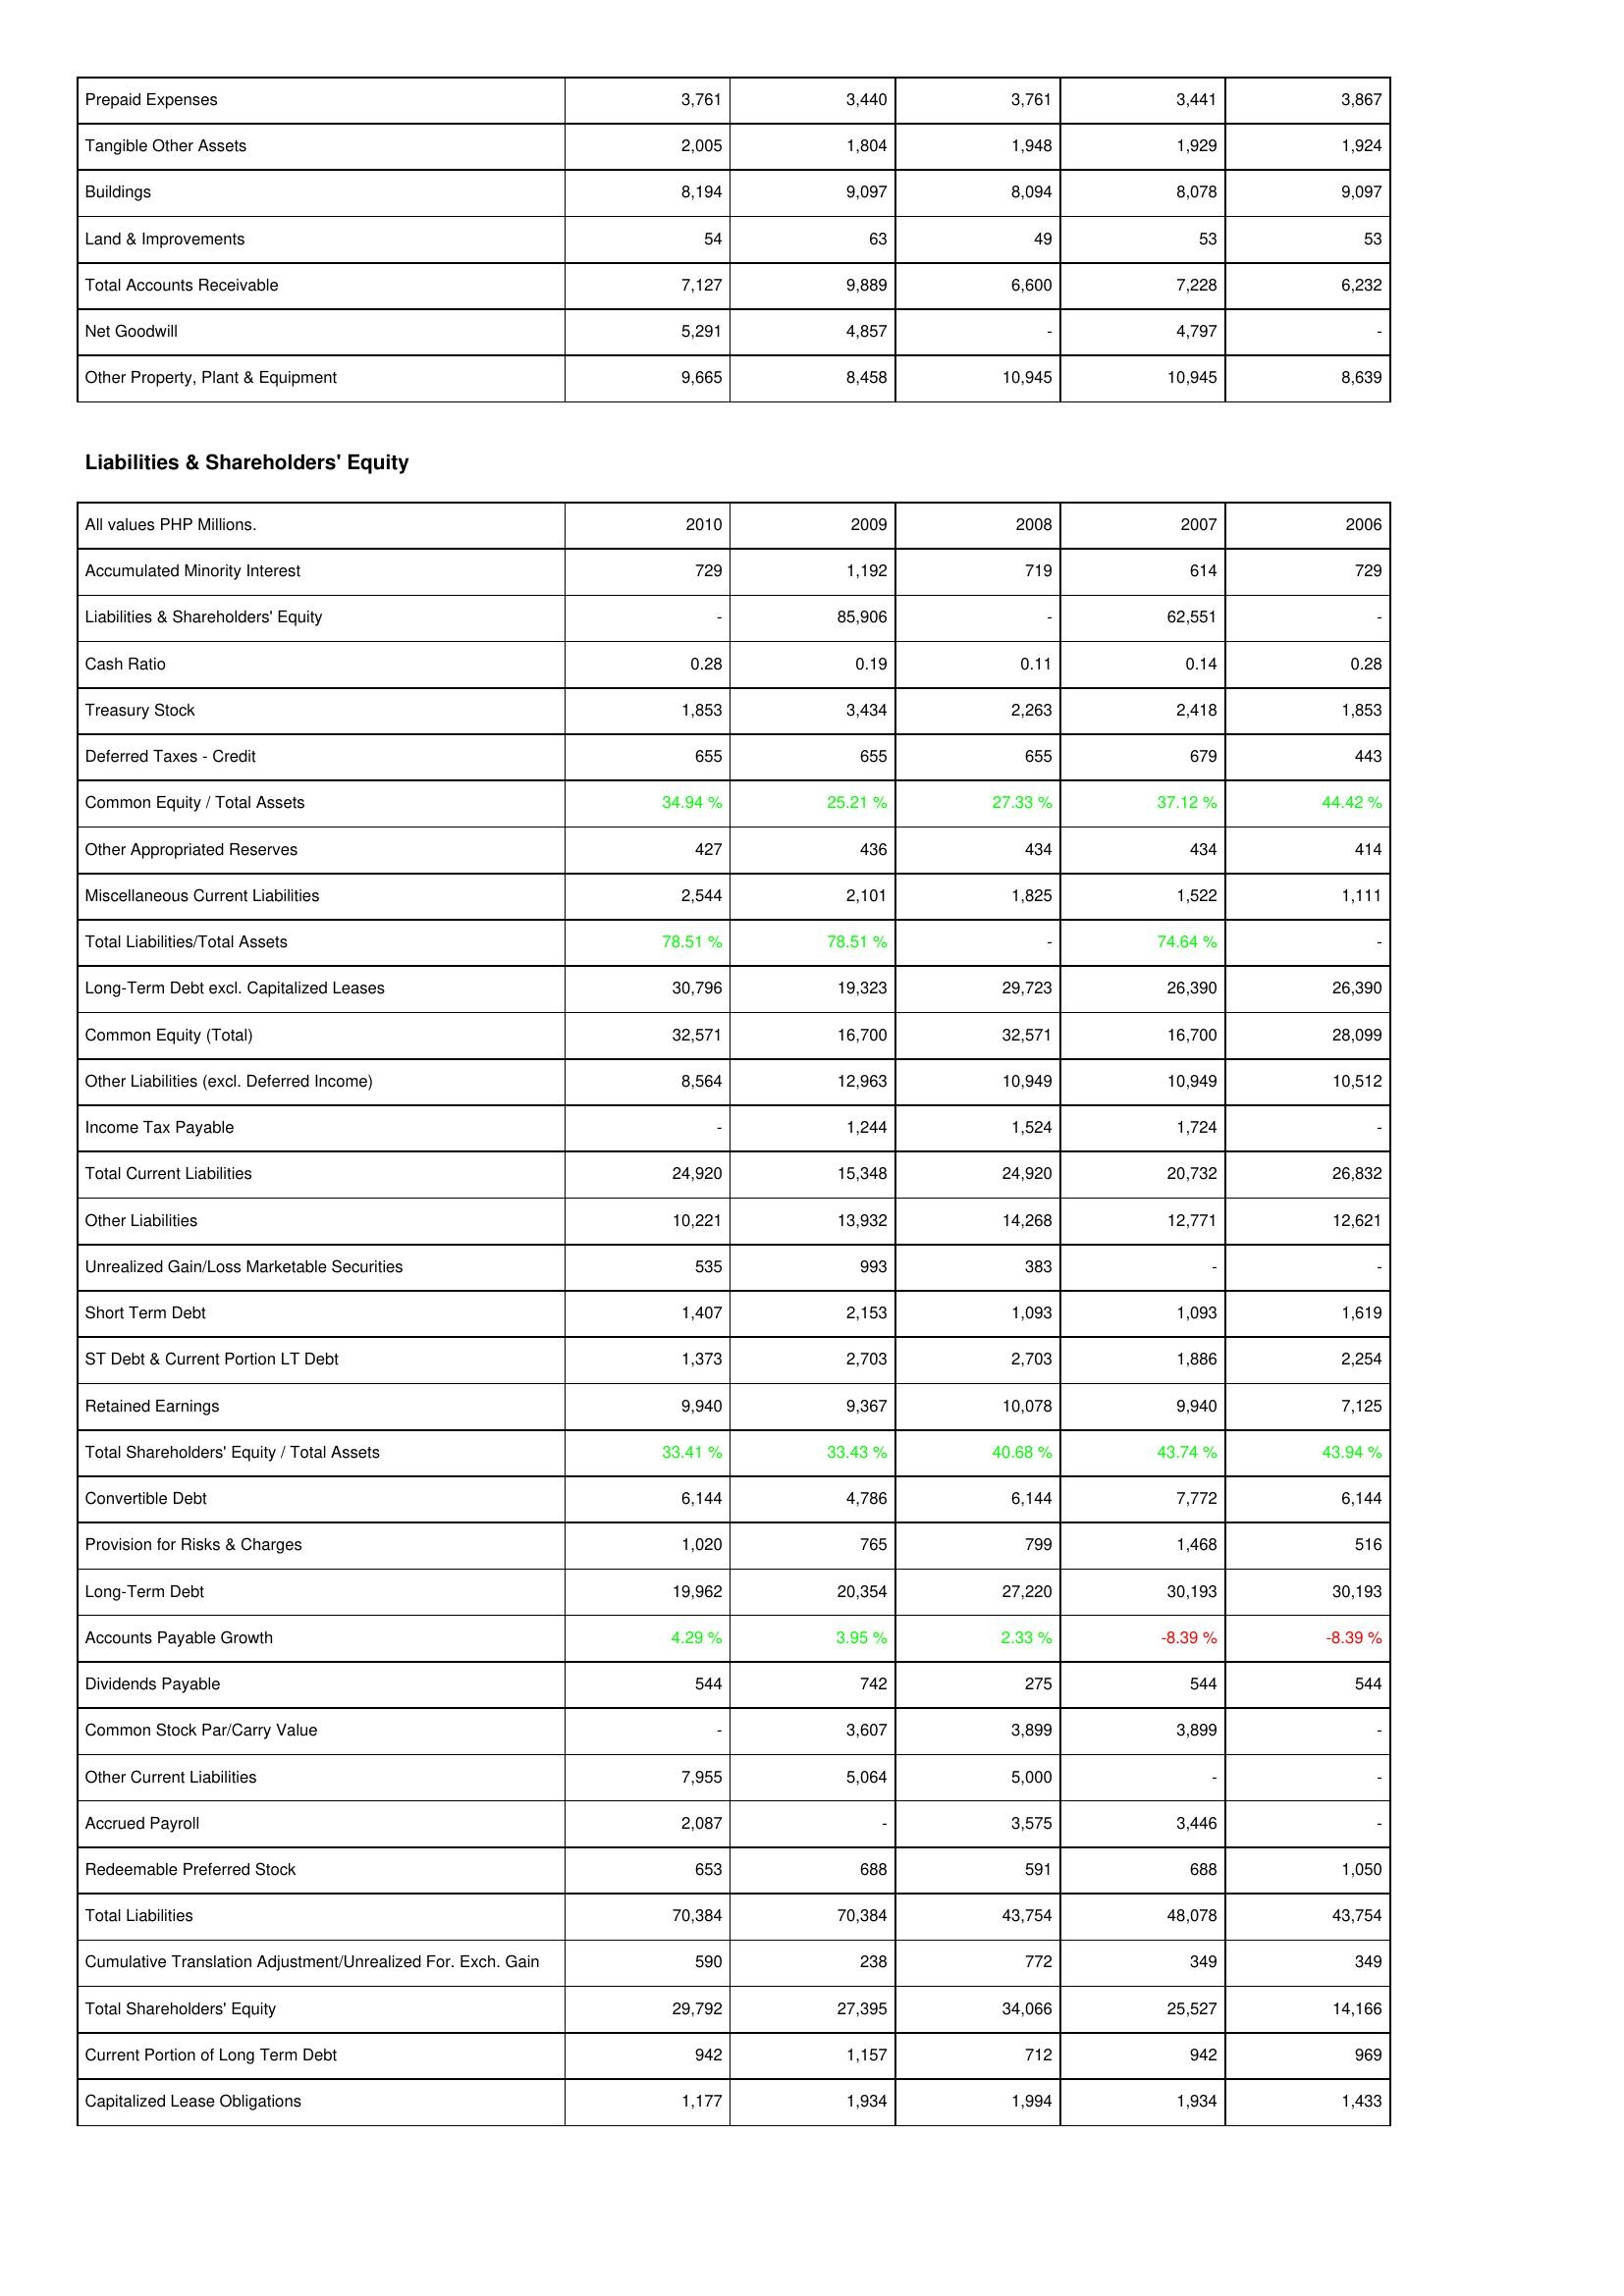
2010: Assets: Prepaid Expenses: 3,761
Tangible Other Assets: 2,005
Buildings: 8,194
Land & Improvements: 54
Total Accounts Receivable: 7,127
Net Goodwill: 5,291
Other Property, Plant & Equipment: 9,665
Liabilities & Shareholders' Equity: Accumulated Minority Interest: 729
Liabilities & Shareholders' Equity: -
Cash Ratio: 0.28
Treasury Stock: 1,853
Deferred Taxes - Credit: 655
Common Equity / Total Assets: 34.94 %
Other Appropriated Reserves: 427
Miscellaneous Current Liabilities: 2,544
Total Liabilities/Total Assets: 78.51 %
Long-Term Debt excl. Capitalized Leases: 30,796
Common Equity (Total): 32,571
Other Liabilities (excl. Deferred Income): 8,564
Income Tax Payable: -
Total Current Liabilities: 24,920
Other Liabilities: 10,221
Unrealized Gain/Loss Marketable Securities: 535
Short Term Debt: 1,407
ST Debt & Current Portion LT Debt: 1,373
Retained Earnings: 9,940
Total Shareholders' Equity / Total Assets: 33.41 %
Convertible Debt: 6,144
Provision for Risks & Charges: 1,020
Long-Term Debt: 19,962
Accounts Payable Growth: 4.29 %
Dividends Payable: 544
Common Stock Par/Carry Value: -
Other Current Liabilities: 7,955
Accrued Payroll: 2,087
Redeemable Preferred Stock: 653
Total Liabilities: 70,384
Cumulative Translation Adjustment/Unrealized For. Exch. Gain: 590
Total Shareholders' Equity: 29,792
Current Portion of Long Term Debt: 942
Capitalized Lease Obligations: 1,177
2009: Assets: Prepaid Expenses: 3,440
Tangible Other Assets: 1,804
Buildings: 9,097
Land & Improvements: 63
Total Accounts Receivable: 9,889
Net Goodwill: 4,857
Other Property, Plant & Equipment: 8,458
Liabilities & Shareholders' Equity: Accumulated Minority Interest: 1,192
Liabilities & Shareholders' Equity: 85,906
Cash Ratio: 0.19
Treasury Stock: 3,434
Deferred Taxes - Credit: 655
Common Equity / Total Assets: 25.21 %
Other Appropriated Reserves: 436
Miscellaneous Current Liabilities: 2,101
Total Liabilities/Total Assets: 78.51 %
Long-Term Debt excl. Capitalized Leases: 19,323
Common Equity (Total): 16,700
Other Liabilities (excl. Deferred Income): 12,963
Income Tax Payable: 1,244
Total Current Liabilities: 15,348
Other Liabilities: 13,932
Unrealized Gain/Loss Marketable Securities: 993
Short Term Debt: 2,153
ST Debt & Current Portion LT Debt: 2,703
Retained Earnings: 9,367
Total Shareholders' Equity / Total Assets: 33.43 %
Convertible Debt: 4,786
Provision for Risks & Charges: 765
Long-Term Debt: 20,354
Accounts Payable Growth: 3.95 %
Dividends Payable: 742
Common Stock Par/Carry Value: 3,607
Other Current Liabilities: 5,064
Accrued Payroll: -
Redeemable Preferred Stock: 688
Total Liabilities: 70,384
Cumulative Translation Adjustment/Unrealized For. Exch. Gain: 238
Total Shareholders' Equity: 27,395
Current Portion of Long Term Debt: 1,157
Capitalized Lease Obligations: 1,934
2008: Assets: Prepaid Expenses: 3,761
Tangible Other Assets: 1,948
Buildings: 8,094
Land & Improvements: 49
Total Accounts Receivable: 6,600
Net Goodwill: -
Other Property, Plant & Equipment: 10,945
Liabilities & Shareholders' Equity: Accumulated Minority Interest: 719
Liabilities & Shareholders' Equity: -
Cash Ratio: 0.11
Treasury Stock: 2,263
Deferred Taxes - Credit: 655
Common Equity / Total Assets: 27.33 %
Other Appropriated Reserves: 434
Miscellaneous Current Liabilities: 1,825
Total Liabilities/Total Assets: -
Long-Term Debt excl. Capitalized Leases: 29,723
Common Equity (Total): 32,571
Other Liabilities (excl. Deferred Income): 10,949
Income Tax Payable: 1,524
Total Current Liabilities: 24,920
Other Liabilities: 14,268
Unrealized Gain/Loss Marketable Securities: 383
Short Term Debt: 1,093
ST Debt & Current Portion LT Debt: 2,703
Retained Earnings: 10,078
Total Shareholders' Equity / Total Assets: 40.68 %
Convertible Debt: 6,144
Provision for Risks & Charges: 799
Long-Term Debt: 27,220
Accounts Payable Growth: 2.33 %
Dividends Payable: 275
Common Stock Par/Carry Value: 3,899
Other Current Liabilities: 5,000
Accrued Payroll: 3,575
Redeemable Preferred Stock: 591
Total Liabilities: 43,754
Cumulative Translation Adjustment/Unrealized For. Exch. Gain: 772
Total Shareholders' Equity: 34,066
Current Portion of Long Term Debt: 712
Capitalized Lease Obligations: 1,994
2007: Assets: Prepaid Expenses: 3,441
Tangible Other Assets: 1,929
Buildings: 8,078
Land & Improvements: 53
Total Accounts Receivable: 7,228
Net Goodwill: 4,797
Other Property, Plant & Equipment: 10,945
Liabilities & Shareholders' Equity: Accumulated Minority Interest: 614
Liabilities & Shareholders' Equity: 62,551
Cash Ratio: 0.14
Treasury Stock: 2,418
Deferred Taxes - Credit: 679
Common Equity / Total Assets: 37.12 %
Other Appropriated Reserves: 434
Miscellaneous Current Liabilities: 1,522
Total Liabilities/Total Assets: 74.64 %
Long-Term Debt excl. Capitalized Leases: 26,390
Common Equity (Total): 16,700
Other Liabilities (excl. Deferred Income): 10,949
Income Tax Payable: 1,724
Total Current Liabilities: 20,732
Other Liabilities: 12,771
Unrealized Gain/Loss Marketable Securities: -
Short Term Debt: 1,093
ST Debt & Current Portion LT Debt: 1,886
Retained Earnings: 9,940
Total Shareholders' Equity / Total Assets: 43.74 %
Convertible Debt: 7,772
Provision for Risks & Charges: 1,468
Long-Term Debt: 30,193
Accounts Payable Growth: -8.39 %
Dividends Payable: 544
Common Stock Par/Carry Value: 3,899
Other Current Liabilities: -
Accrued Payroll: 3,446
Redeemable Preferred Stock: 688
Total Liabilities: 48,078
Cumulative Translation Adjustment/Unrealized For. Exch. Gain: 349
Total Shareholders' Equity: 25,527
Current Portion of Long Term Debt: 942
Capitalized Lease Obligations: 1,934
2006: Assets: Prepaid Expenses: 3,867
Tangible Other Assets: 1,924
Buildings: 9,097
Land & Improvements: 53
Total Accounts Receivable: 6,232
Net Goodwill: -
Other Property, Plant & Equipment: 8,639
Liabilities & Shareholders' Equity: Accumulated Minority Interest: 729
Liabilities & Shareholders' Equity: -
Cash Ratio: 0.28
Treasury Stock: 1,853
Deferred Taxes - Credit: 443
Common Equity / Total Assets: 44.42 %
Other Appropriated Reserves: 414
Miscellaneous Current Liabilities: 1,111
Total Liabilities/Total Assets: -
Long-Term Debt excl. Capitalized Leases: 26,390
Common Equity (Total): 28,099
Other Liabilities (excl. Deferred Income): 10,512
Income Tax Payable: -
Total Current Liabilities: 26,832
Other Liabilities: 12,621
Unrealized Gain/Loss Marketable Securities: -
Short Term Debt: 1,619
ST Debt & Current Portion LT Debt: 2,254
Retained Earnings: 7,125
Total Shareholders' Equity / Total Assets: 43.94 %
Convertible Debt: 6,144
Provision for Risks & Charges: 516
Long-Term Debt: 30,193
Accounts Payable Growth: -8.39 %
Dividends Payable: 544
Common Stock Par/Carry Value: -
Other Current Liabilities: -
Accrued Payroll: -
Redeemable Preferred Stock: 1,050
Total Liabilities: 43,754
Cumulative Translation Adjustment/Unrealized For. Exch. Gain: 349
Total Shareholders' Equity: 14,166
Current Portion of Long Term Debt: 969
Capitalized Lease Obligations: 1,433